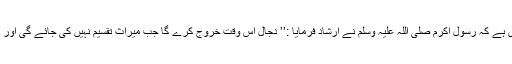
مغیرہ بن شعبہ رضی اللہ عنہ سے مروی ہے کہ رسول اکرم صلی اللہ علیہ وسلم نے ارشاد فرمایا :’’ دجال اس وقت خروج کرے گا جب میراث تقسیم نہیں کی جائے گی اور مال غنیمت پر خوش نہیں ہوا جائے گا‘‘۔